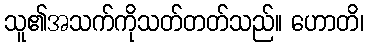
သူ၏အသက်ကိုသတ်တတ်သည်။ ဟောတိ၊